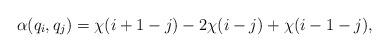
LaTeX: \begin{align*} \alpha(q_i,q_j) = \chi(i+1-j) - 2 \chi(i-j) + \chi(i-1-j), \end{align*}